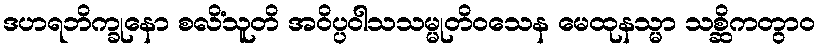
ဒဟရဘိက္ခုနော စလိံသူတိ အဝိပ္ပဝါသသမ္မုတိဝသေန မေထုနသ္မာ သစ္ဆိကတွာဝ